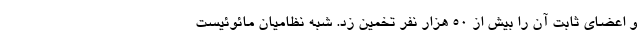
و اعضای ثابت آن را بیش از ۵۰ هزار نفر تخمین زد. شبه نظامیان مائوئیست